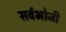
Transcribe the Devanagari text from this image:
सर्वभोजी